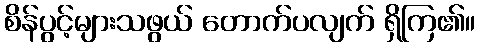
စိန်ပွင့်များသဖွယ် တောက်ပလျက် ရှိကြ၏။